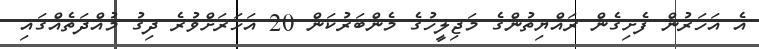
އެ އަހަރުން ފެށިގެން ރައްޔިތުންގެ މަޖިލީހުގެ މެންބަރުކަން 20 އަހަރަށްވުރެ ދިގު މުއްދަތެއްގައި